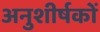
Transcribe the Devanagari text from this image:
अनुशीर्षकों